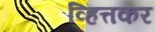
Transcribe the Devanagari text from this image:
व्हित्तकर